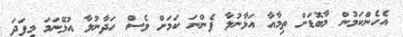
އެހެންކަމުން މާބޮޑަށް ތިމާއާ އަޅާނުލާ ފެންނަ ކަމަށް ވެސް ހަދާނުލާ އުޅޭނަމަ މިފަދަ